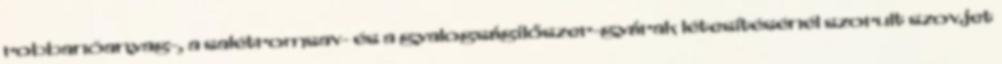
robbanóanyag-, a salétromsav- és a gyalogságilőszer-gyárak létesítésénél szorult szovjet